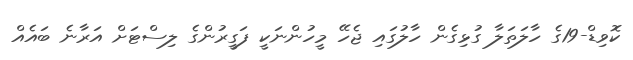
ކޮވިޑް-19ގެ ހާލަތަލާ ގުޅިގެން ހާލުގައި ޖެހޭ މީހުންނަކީ ފަގީރުންގެ ލިސްޓަށް އަރާނެ ބައެއް